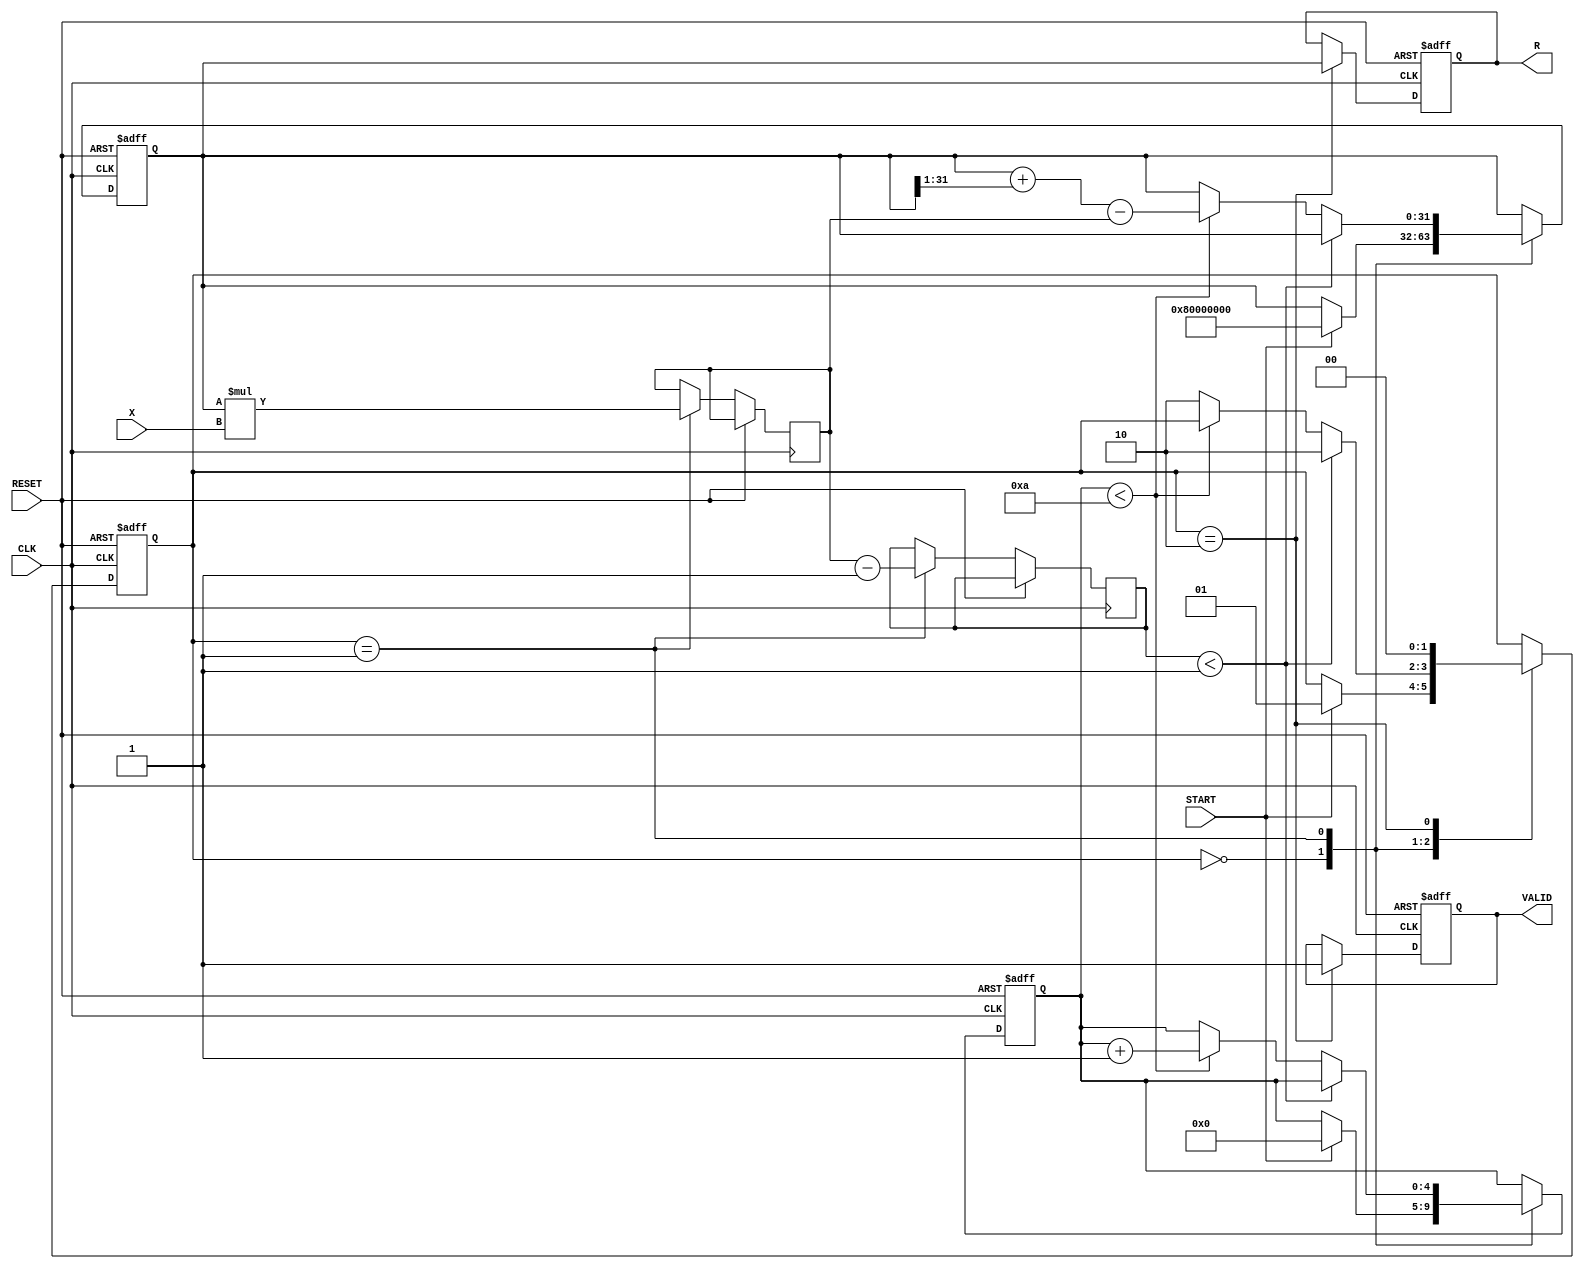
module IterativeReciprocal (
    input         CLK,
    input         RESET,
    input         START,
    input  [31:0] X,         // Input value (Q1.31 format)
    output reg [31:0] R,     // Reciprocal result (Q1.31 format)
    output reg        VALID   // Valid signal indicating output is ready
);

    // Internal registers
    reg [31:0] approx;       // Current approximation of reciprocal
    reg [31:0] product;      // Product of approx and input X
    reg [31:0] difference;    // Difference for convergence checking
    reg [4:0] iteration_count; // Iteration counter
    reg [1:0] state;          // FSM state for processing

    // Parameters
    parameter MAX_ITERATIONS = 10;  // Maximum iterations
    parameter THRESHOLD = 32'h00000001; // Convergence threshold

    // State encoding
    localparam IDLE = 2'b00;
    localparam CALCULATE = 2'b01;
    localparam OUTPUT = 2'b10;

    // Main sequential logic
    always @(posedge CLK or posedge RESET) begin
        if (RESET) begin
            approx <= 32'h00000000; // Initial guess could be set to some predefined value
            R <= 32'h00000000;
            VALID <= 0;
            iteration_count <= 0;
            state <= IDLE;
        end else begin
            case (state)
                IDLE: begin
                    if (START) begin
                        // Initial guess for Newton-Raphson (1/X)
                        approx <= 32'h80000000; // Start with a guess of 0.5 in Q1.31
                        iteration_count <= 0;
                        state <= CALCULATE;
                    end
                end

                CALCULATE: begin
                    // Compute f(x) = approx * X
                    product <= approx * X; // fixed-point multiplication

                    // Compute difference = product - 1
                    difference <= product - 32'h00000001; 

                    // Check convergence
                    if (difference < THRESHOLD) begin
                        state <= OUTPUT;
                    end else if (iteration_count < MAX_ITERATIONS) begin
                        // Update the approximation using Newton-Raphson
                        approx <= approx + (approx >>> 1) - product; // approx = approx + (approx / 2 - (approx * X))
                        iteration_count <= iteration_count + 1;
                    end else begin
                        state <= OUTPUT; // Max iterations reached, prepare to output
                    end
                end

                OUTPUT: begin
                    R <= approx; // Set result
                    VALID <= 1; // Indicate result is valid
                    state <= IDLE; // Return to IDLE
                end
            endcase
        end
    end

endmodule